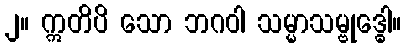
၂။ ဣတိပိ သော ဘဂဝါ သမ္မာသမ္ဗုဒ္ဓေါ။